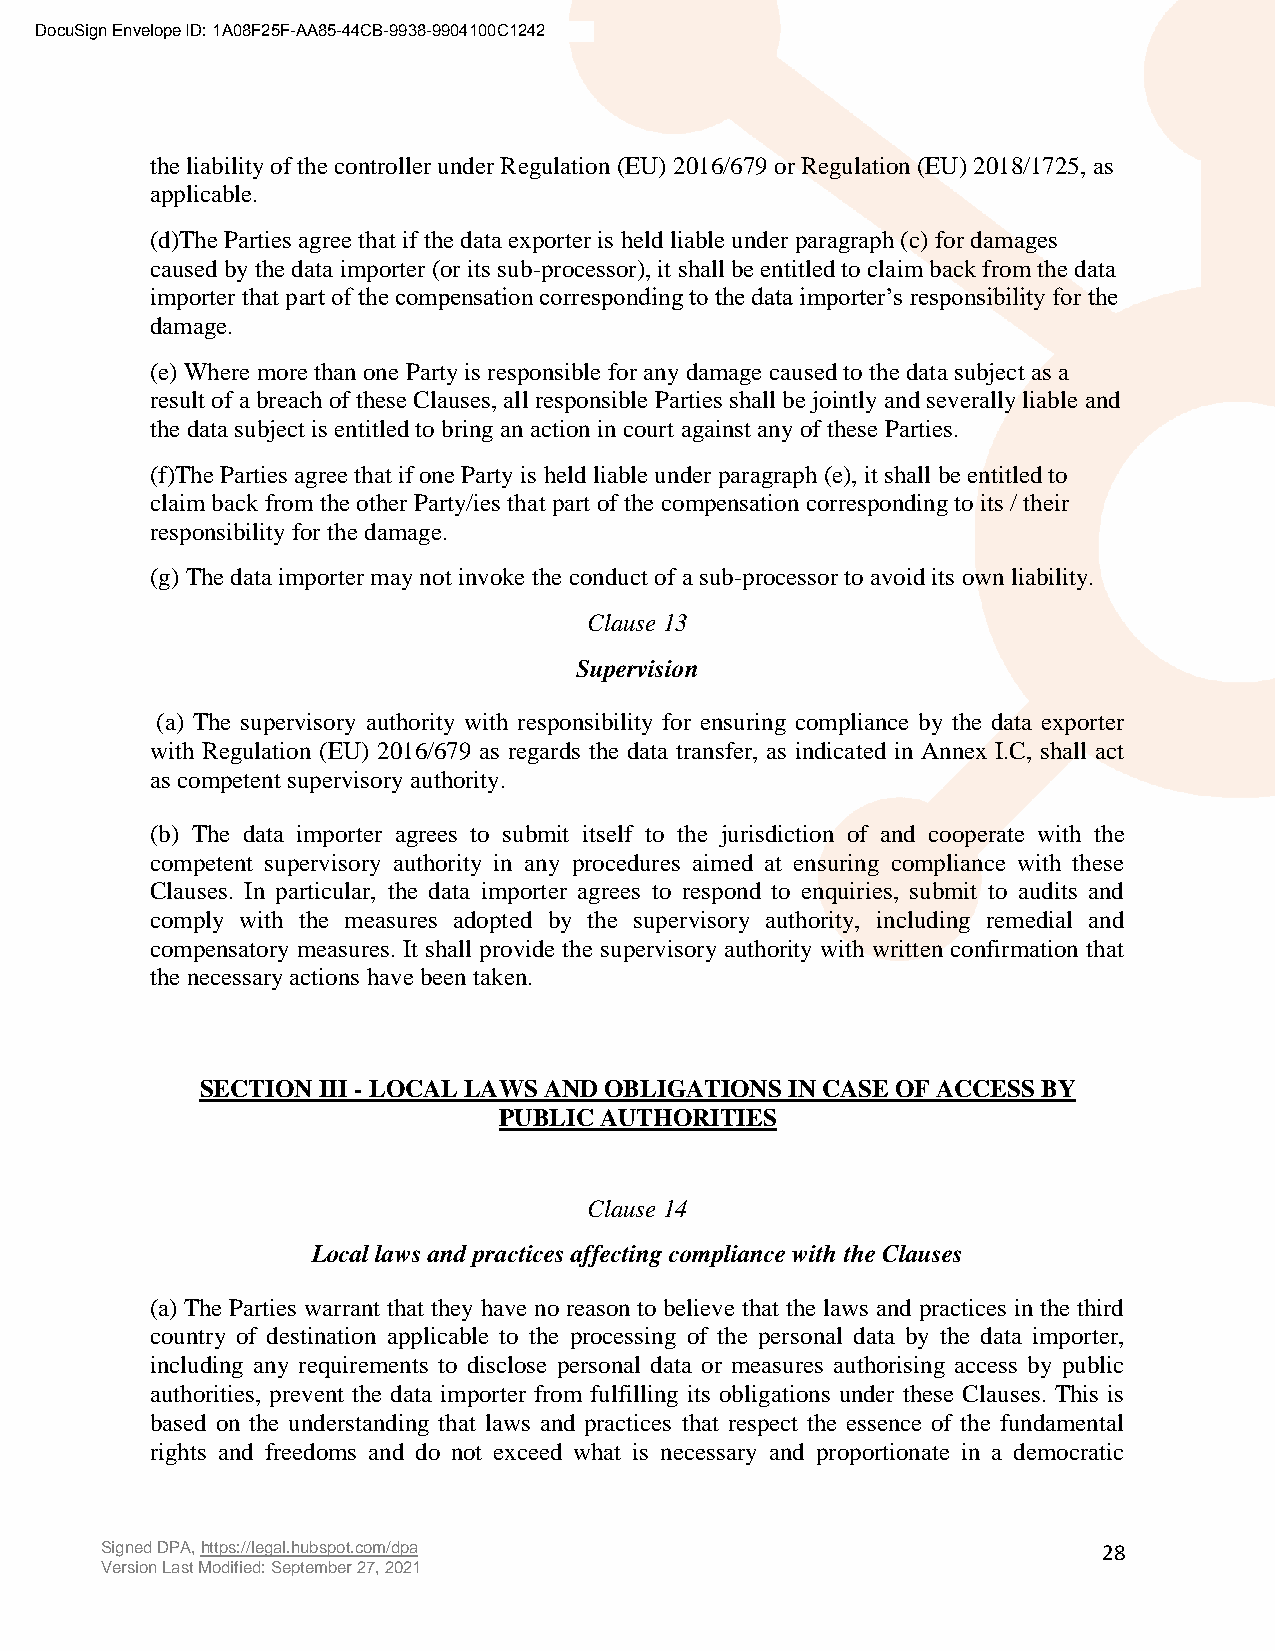
DocuSign Envelope ID: 1A08F25F-AA85-44CB-9938-9904100C1242
 the liability of the controller under Regulation (EU) 2016/679 or Regulation (EU) 2018/1725, as
 applicable.
 (d)The Parties agree that if the data exporter is held liable under paragraph (c) for damages
 caused by the data importer (or its sub-processor), it shall be entitled to claim back from the data
 importer that part of the compensation corresponding to the data importer’s responsibility for the
 damage.
 (e) Where more than one Party is responsible for any damage caused to the data subject as a
 result of a breach of these Clauses, all responsible Parties shall be jointly and severally liable and
 the data subject is entitled to bring an action in court against any of these Parties.
 (f)The Parties agree that if one Party is held liable under paragraph (e), it shall be entitled to
 claim back from the other Party/ies that part of the compensation corresponding to its / their
 responsibility for the damage.
 (g) The data importer may not invoke the conduct of a sub-processor to avoid its own liability.
 Clause 13
 Supervision
 (a) The supervisory authority with responsibility for ensuring compliance by the data exporter
 with Regulation (EU) 2016/679 as regards the data transfer, as indicated in Annex I.C, shall act
 as competent supervisory authority.
 (b) The data importer agrees to submit itself to the jurisdiction of and cooperate with the
 competent supervisory authority in any procedures aimed at ensuring compliance with these
 Clauses. In particular, the data importer agrees to respond to enquiries, submit to audits and
 comply with the measures adopted by the supervisory authority, including remedial and
 compensatory measures. It shall provide the supervisory authority with written confirmation that
 the necessary actions have been taken.
 SECTION III - LOCAL LAWS AND OBLIGATIONS IN CASE OF ACCESS BY
 PUBLIC AUTHORITIES
 Clause 14
 Local laws and practices affecting compliance with the Clauses
 (a) The Parties warrant that they have no reason to believe that the laws and practices in the third
 country of destination applicable to the processing of the personal data by the data importer,
 including any requirements to disclose personal data or measures authorising access by public
 authorities, prevent the data importer from fulfilling its obligations under these Clauses. This is
 based on the understanding that laws and practices that respect the essence of the fundamental
 rights and freedoms and do not exceed what is necessary and proportionate in a democratic
 Signed DPA, https://legal.hubspot.com/dpa                         28
 Version Last Modified: September 27, 2021